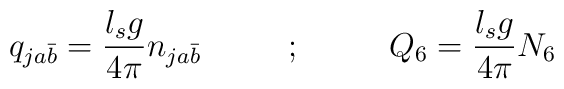
q_{ja\bar b} = {l_s g \over 4\pi} n_{ja\bar b}~~~~~~~~;~~~~~~~~Q_6 = {l_s g \over 4\pi} N_6